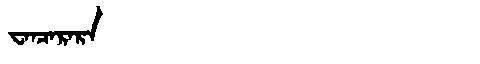
Manchu: ᠸᠠᠨᠴᠠᡵᠠᡵᠠ
Romanization: WANCARARA